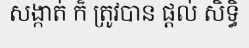
សង្កាត់ ក៏ ត្រូវបាន ផ្តល់ សិទ្ធិ